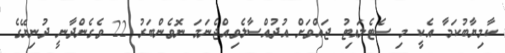
ކާމިޔާބުކަމާ އެކީ މި ސެޓެލައިޓު ޖައްވަށް އުދުއްސާލެވިއްޖެނަމަ ނޮވެންބަރު 22 ވެގެންދާނީ ދުނިޔޭގެ